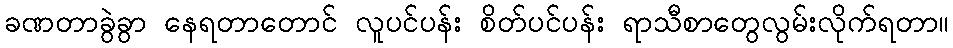
ခဏတာခွဲခွာ နေရတာတောင် လူပင်ပန်း စိတ်ပင်ပန်း ရာသီစာတွေလွမ်းလိုက်ရတာ။